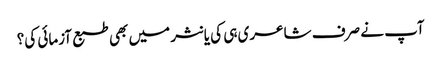
آپ نے صرف شاعری ہی کی یا نثر میں بھی طبع آزمائی کی؟